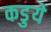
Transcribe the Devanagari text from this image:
कडुये